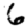
Digit: 6